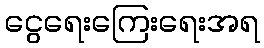
ငွေရေးကြေးရေးအရ